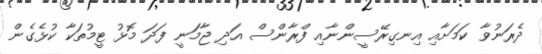
ދެރަނުވާ ކަމަށާއި އިނގިރޭސީންނާއި ފްރާންސް އަދި ޖާމަނީ ފަދަ މޮޅު ޓީމުތަކާ ކުޅެގެން